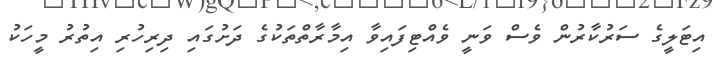
އިޓަލީގެ ސަރުކާރުން ވެސް ވަނީ ވެއްޓިފައިވާ އިމާރާތްތަކުގެ ދަށުގައި ދިރިހުރި އިތުރު މީހަކު